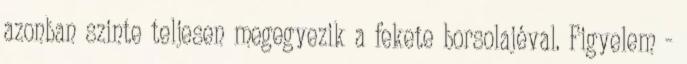
azonban szinte teljesen megegyezik a fekete borsolajéval. Figyelem -